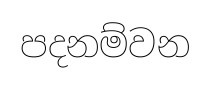
පදනම්වන